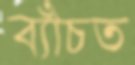
ব্যাঁচত